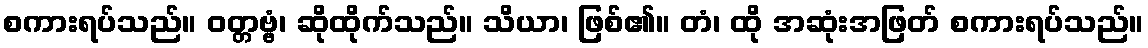
စကားရပ်သည်။ ဝတ္တဗ္ဗံ၊ ဆိုထိုက်သည်။ သိယာ၊ ဖြစ်၏။ တံ၊ ထို အဆုံးအဖြတ် စကားရပ်သည်။